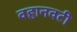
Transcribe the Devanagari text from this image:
वहानवटी